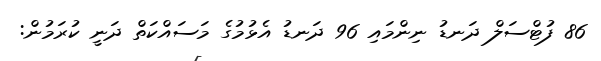
86 ފުޓްސަލް ދަނޑު ނިންމައި 96 ދަނޑު އެޅުމުގެ މަސައްކަތް ދަނީ ކުރަމުން: